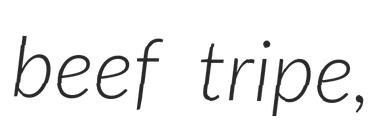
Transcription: beef tripe,